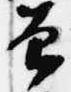
曽